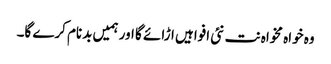
وہ خواہ مخواہ نت نئی افواہیں اڑائے گا اور ہمیں بدنام کرے گا۔